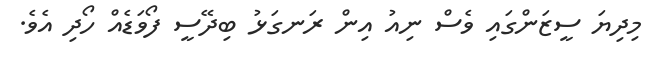
މިދިޔަ ސީޒަންގައި ވެސް ނިއު އިން ރަނގަޅު ބިދޭސީ ފޯވަޑެއް ހޯދި އެވެ.